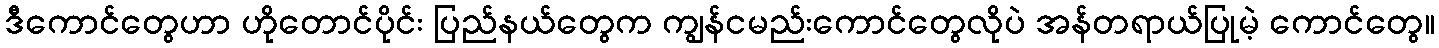
ဒီကောင်တွေဟာ ဟိုတောင်ပိုင်း ပြည်နယ်တွေက ကျွန်ငမည်းကောင်တွေလိုပဲ အန်တရာယ်ပြုမဲ့ ကောင်တွေ။